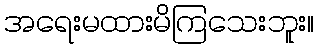
အရေးမထားမိကြသေးဘူး။